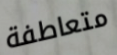
متعاطفة